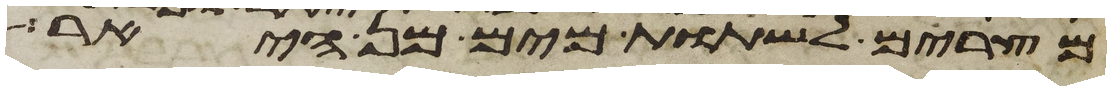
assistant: מצרים לשתות מים מן היאר